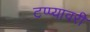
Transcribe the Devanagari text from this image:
टप्प्यावरी